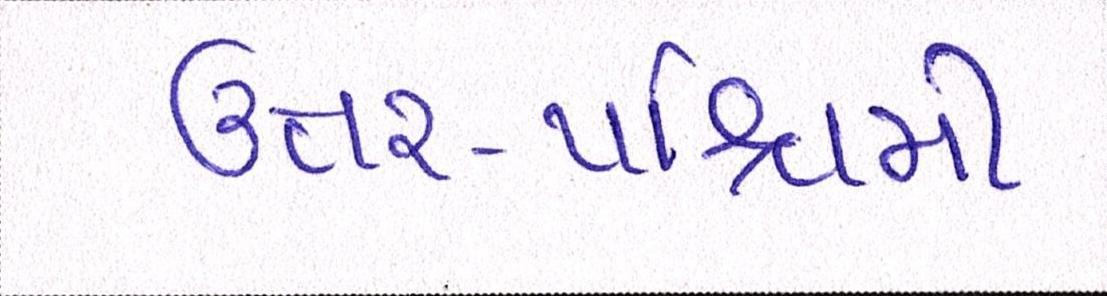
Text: ઉત્તરપશ્ચિમી